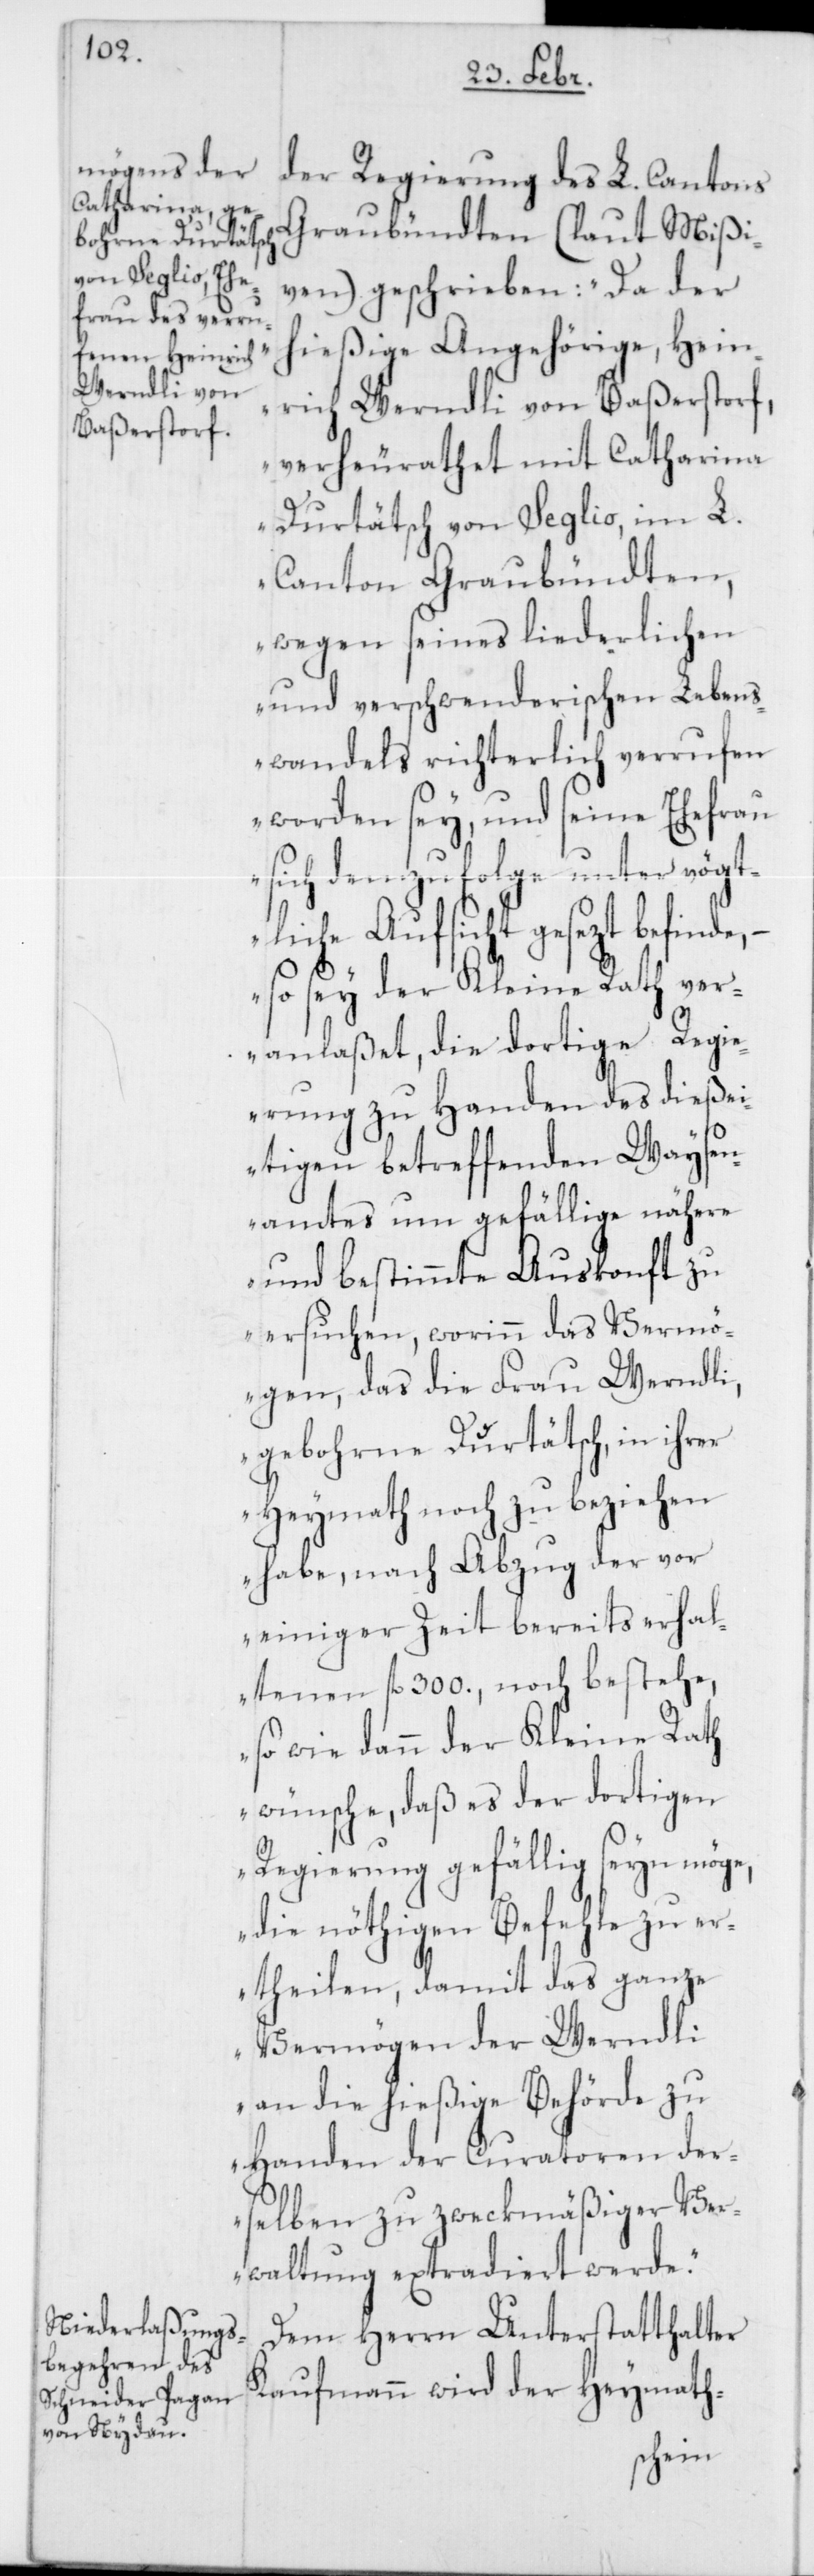
der Regierung des L. Cantons
Graubündten (laut Mißi¬
ven) geschrieben: „Da der
hießige Angehörige, Hein¬
rich Werndli von Baßerstorf,
verheirathet mit Catharina
Durtätsch von Seglio im L.
Canton Graubündten,
wegen seines liederlichen
und verschwenderischen Lebens¬
wandels richterlich verrufen
worden sey, und seine Ehefrau
sich demzufolge unter vögt¬
liche Aufsicht gesezt befinde,
– so sey der Kleine Rath ver¬
anlaßet, die dortige Regi¬
erung zu Handen des dieße¬
itigen betreffenden Waysen¬
amtes um gefällige nähere
und bestimmte Auskonft zu
ersuchen, worinn das Vermö¬
gen, das die Frau Werndli
gebohrne Durtätsch, in ihrer
Heymath noch zu beziehen
habe, nach Abzug der vor
einiger Zeit bereits erhal¬
tenen fl. 300., noch bestehe,
so wie dann der Kleine Rath
wünsche, daß es der dortigen
Regierung gefällig seyn möge,
die nöthigen Befehle zu er¬
theilen, damit das ganze
Vermögen der Werndli
an die hießige Behörde zu
Handen der Curatoren der¬
selben zu zweckmäßiger Ver¬
waltung extradiert werde.“
Dem Herrn Unterstatthalter
Kaufmann wird der Heymath-